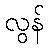
လွန်